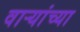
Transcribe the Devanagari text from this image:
वाऱ्यांच्या